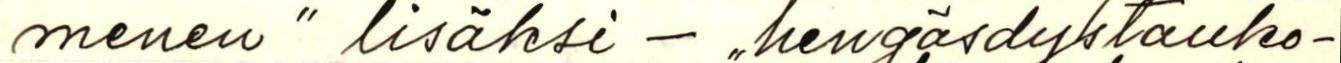
menen" lisäksi - ,,hengäsdystauko-